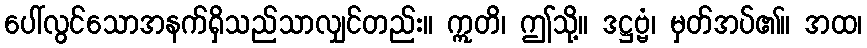
ပေါ်လွင်သောအနက်ရှိသည်သာလျှင်တည်း။ ဣတိ၊ ဤသို့။ ဒဋ္ဌဗ္ဗံ၊ မှတ်အပ်၏။ အထ၊